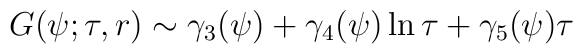
G(\psi ;\tau ,r)\sim \gamma _3(\psi )+\gamma _4(\psi )\ln \tau +\gamma_5(\psi )\tau